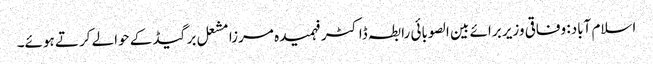
اسلام آباد: وفاقی وزیر برائے بین الصوبائی رابطہ ڈاکٹر فہمیدہ مرزا مشعل برگیڈ کے حوالے کرتے ہوئے۔